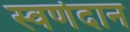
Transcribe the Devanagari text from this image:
स्वर्णदान